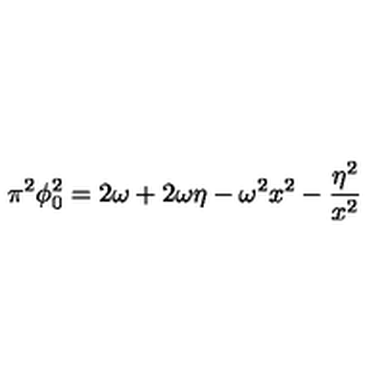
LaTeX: \pi ^ { 2 } \phi _ { 0 } ^ { 2 } = 2 \omega + 2 \omega \eta - \omega ^ { 2 } x ^ { 2 } - { \frac { \eta ^ { 2 } } { x ^ { 2 } } }